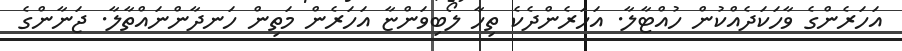
އަހަރެންގެ ވާހަކަދެއްކުން ހުއްޓާލާ. އަހަރެންދެކެ ތިހާ ލޯބިވަންޏާ އަހަރެން މަތިން ހަނދާންނައްތާލާ. ޖަނާންގެ